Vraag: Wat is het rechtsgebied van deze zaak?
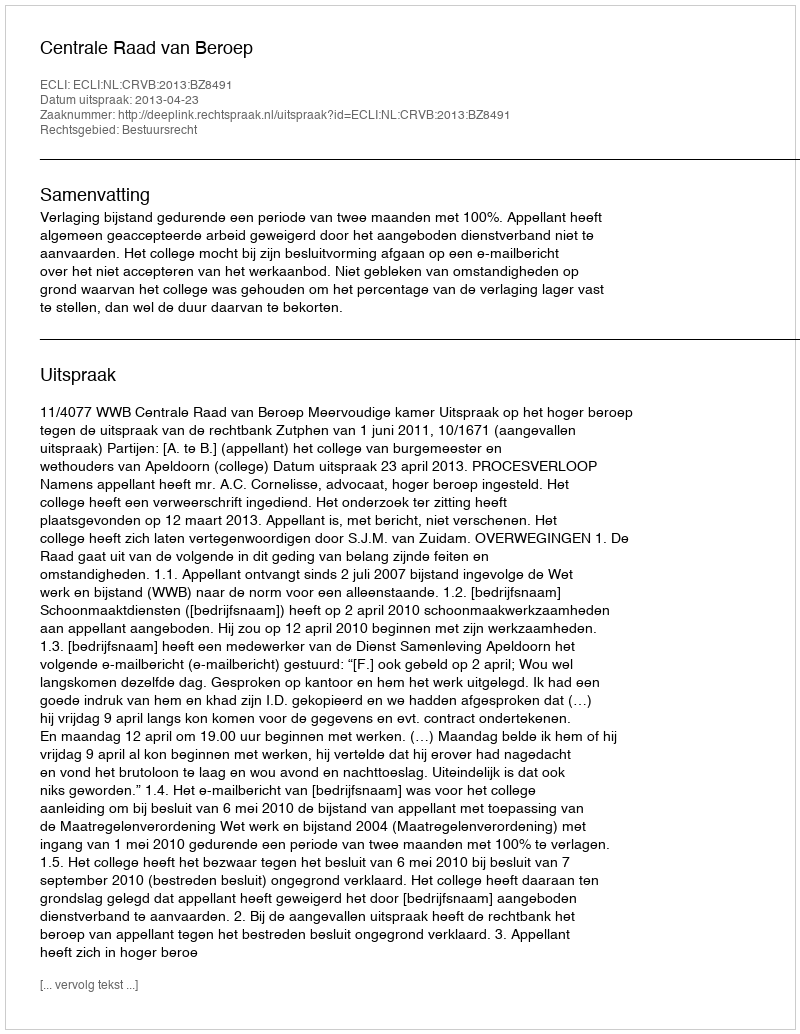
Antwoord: Bestuursrecht